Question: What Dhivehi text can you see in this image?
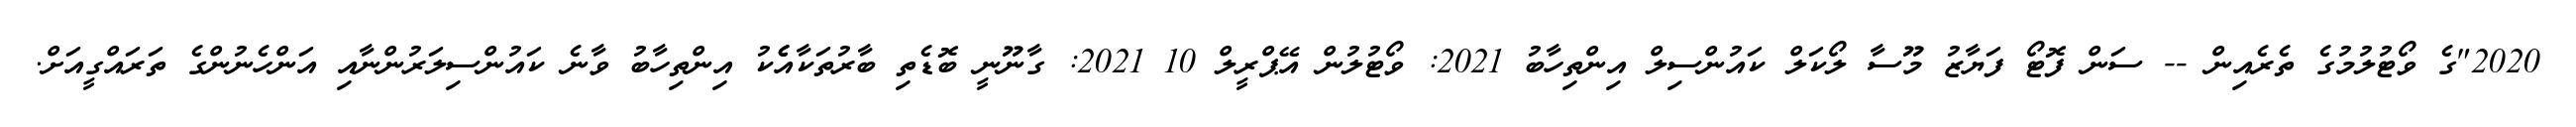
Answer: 2020"ގެ ވޯޓުލުމުގެ ތެރެއިން -- ސަން ފޮޓޯ ފަޔާޒު މޫސާ ލޯކަލް ކައުންސިލް އިންތިހާބު 2021: ވޯޓުލުން އޭޕްރީލް 10 2021: ގާނޫނީ ބޮޑެތި ބާރުތަކާއެެކު އިންތިހާބު ވާނެ ކައުންސިލަރުންނާއި އަންހެނުންގެ ތަރައްގީއަށް.